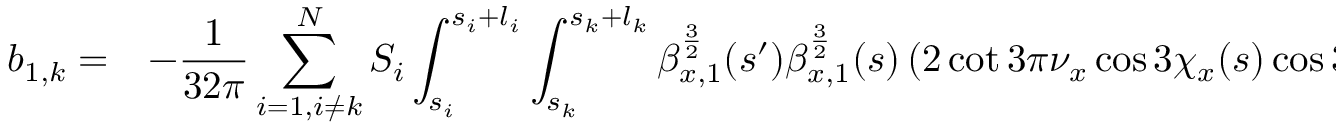
\begin{array} { c l } { \displaystyle b _ { 1 , k } = } & { \displaystyle - \frac { 1 } { 3 2 \pi } \sum _ { i = 1 , i \neq k } ^ { N } { S _ { i } \int _ { s _ { i } } ^ { s _ { i } + l _ { i } } \int _ { s _ { k } } ^ { s _ { k } + l _ { k } } { \beta _ { x , 1 } ^ { \frac { 3 } { 2 } } ( s ^ { \prime } ) \beta _ { x , 1 } ^ { \frac { 3 } { 2 } } ( s ) \left( 2 \cot { 3 \pi \nu _ { x } } \cos { 3 \chi _ { x } ( s ) } \cos { 3 \chi _ { x } ( s ^ { \prime } ) } \right. } } } \end{array}